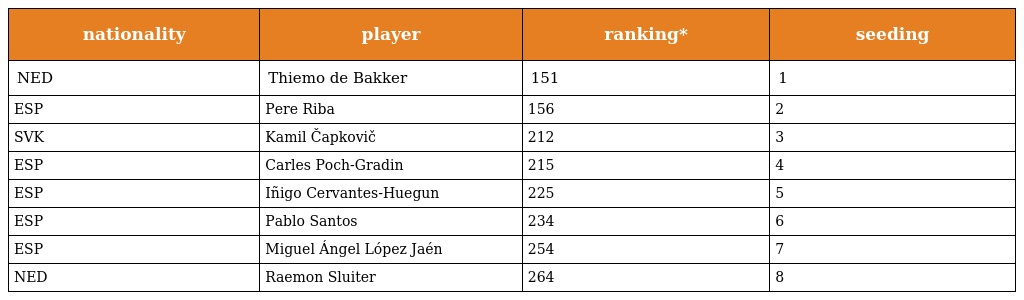
| nationality | player | ranking* | seeding |
 | --- | --- | --- | --- |
 | NED | Thiemo de Bakker | 151 | 1 |
 | ESP | Pere Riba | 156 | 2 |
 | SVK | Kamil Čapkovič | 212 | 3 |
 | ESP | Carles Poch-Gradin | 215 | 4 |
 | ESP | Iñigo Cervantes-Huegun | 225 | 5 |
 | ESP | Pablo Santos | 234 | 6 |
 | ESP | Miguel Ángel López Jaén | 254 | 7 |
 | NED | Raemon Sluiter | 264 | 8 |